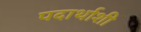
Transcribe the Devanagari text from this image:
पदार्थाशी